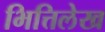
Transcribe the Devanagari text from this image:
भित्तिलेख